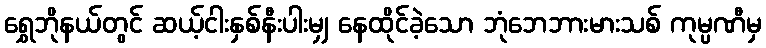
ရွှေဘိုနယ်တွင် ဆယ့်ငါးနှစ်နီးပါးမျှ နေထိုင်ခဲ့သော ဘုံဘေဘားမားသစ် ကုမ္ပဏီမှ